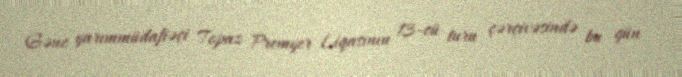
Gənc yarımmüdafiəçi Topaz Premyer Liqasının 13-cü turu çərçivəsində bu gün